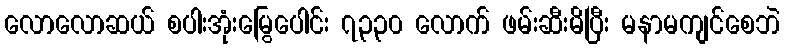
လောလောဆယ် စပါးအုံးမြွေပေါင်း ၇၃၃၀ လောက် ဖမ်းဆီးမိပြီး မနာမကျင်စေဘဲ